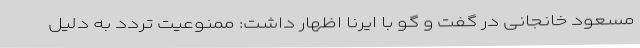
مسعود خانجانی در گفت و گو با ایرنا اظهار داشت: ممنوعیت تردد به دلیل